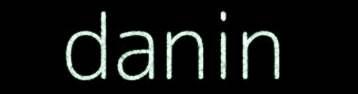
danin